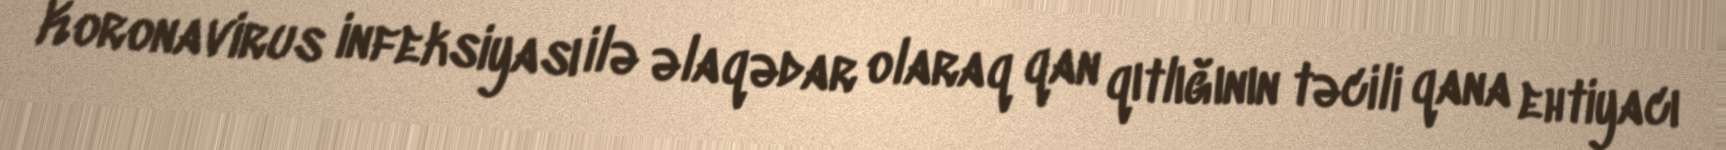
Koronavirus infeksiyası ilə əlaqədar olaraq qan qıtlığının təcili qana ehtiyacı